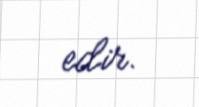
edir.